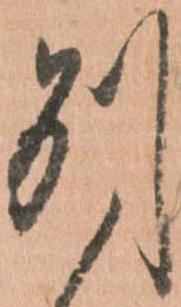
別